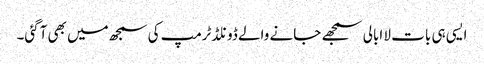
ایسی ہی بات لا ابالی سمجھے جانے والے ڈونلڈٹرمپ کی سمجھ میں بھی آگئی۔